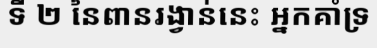
ទី ២ នៃពានរង្វាន់នេះ អ្នកគាំទ្រ